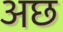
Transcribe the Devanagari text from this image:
अछ